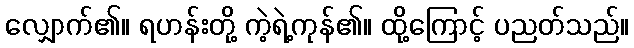
လျှောက်၏။ ရဟန်းတို့ ကဲ့ရဲ့ကုန်၏။ ထို့ကြောင့် ပညတ်သည်။